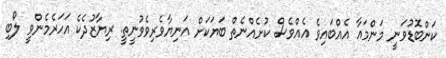
ކަންބޮޑުވަނީ މަންމައާ އެއްބައިވެ އެއްވެސް ކުށެއްނެތް ބަޔަކަށް އަނިޔާވެރިވެވުނީތީ. ރިޔާޒުދެކެ އަހަރެމެންވީ ލޯބި